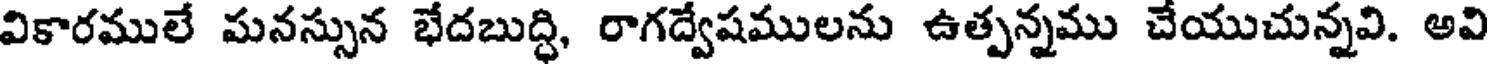
వికారములే మనస్సున భేదబుద్ధి, రాగద్వేషములను ఉత్పన్నము చేయుచున్నవి. అవి